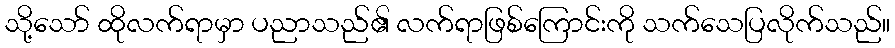
သို့သော် ထိုလက်ရာမှာ ပညာသည်၏ လက်ရာဖြစ်ကြောင်းကို သက်သေပြလိုက်သည်။